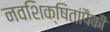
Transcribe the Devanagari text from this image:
नवशिक्षितांपैकी